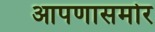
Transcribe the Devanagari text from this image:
आपणासमोर